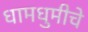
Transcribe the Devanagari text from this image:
धामधुमीचे